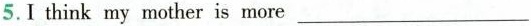
5. I think my mother is more ___